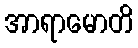
အာရာမောတိ